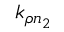
k _ { \rho n _ { 2 } }